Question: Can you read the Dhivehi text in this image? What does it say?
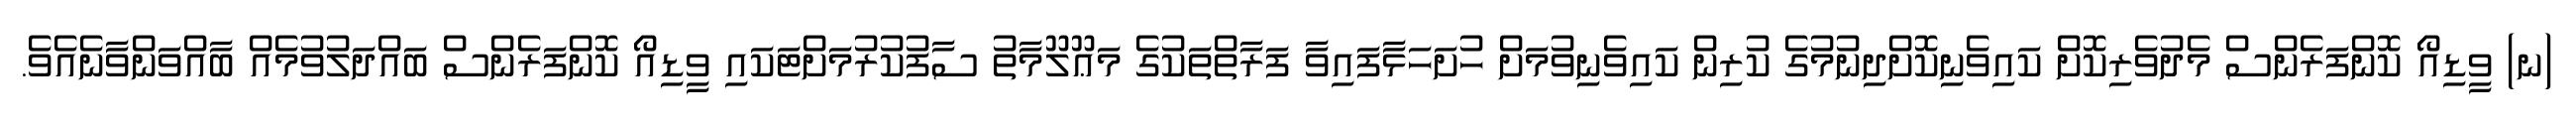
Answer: (ނ) ވީޑިއޯ ކޮންފަރެންސް މެދުވެރިކޮށް ކައިވެނިކޮށްދިނުމުގެ ކުރިން ކައިވެނިވުމަށް ހުށަހަޅާފައިވާ ފަރާތްތަކުގެ މަޢޫލޫމާތު ސާފުކުރުމަށްޓަކައި ވީޑިއޯ ކޮންފަރެންސް ބައްދަލުވުމެއް ބާއްވަންވާނެއެވެ.